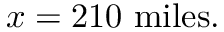
x = 2 1 0 \ { \mathrm { m i l e s } } .